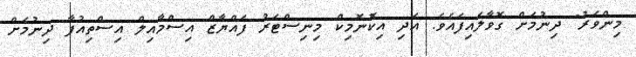
މިންވަރު" ދިނުމަށް ގޮވާލައިފައެވެ. އަދި އިކޮނޮމިކް މިނިސްޓަރު ފައްޔާޒް އިސްމާއިލް އިސްތިއުފާ ދިނުމަށް